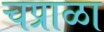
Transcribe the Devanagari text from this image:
चप्राळा